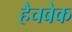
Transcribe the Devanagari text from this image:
हैचबेक